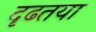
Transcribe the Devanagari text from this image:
दृढतया